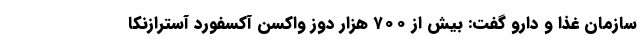
سازمان غذا و دارو گفت: بیش از ۷۰۰ هزار دوز واکسن آکسفورد آسترازنکا